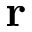
\bf { r }